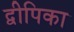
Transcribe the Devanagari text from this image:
द्वीपिका